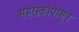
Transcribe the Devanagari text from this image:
सहस्रकांपासून